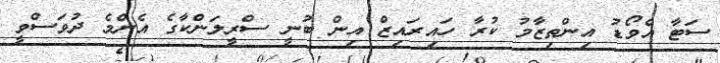
ސަޓާ އެވޯޑު އިންތިޒާމު ކުރާ ހައިރައިޒް އިން ބުނީ ސްރީލަންކާގެ އެންމެ ދުވަސްވީ